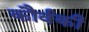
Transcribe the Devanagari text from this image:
कौर्वकी